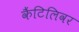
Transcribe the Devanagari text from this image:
कैंटिलिवर